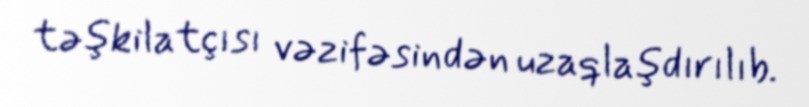
təşkilatçısı vəzifəsindən uzaqlaşdırılıb.